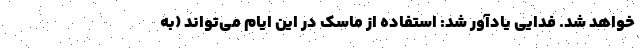
خواهد شد. فدایی یادآور شد: استفاده از ماسک در این ایام می‌تواند (به